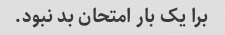
برا یک بار امتحان بد نبود.